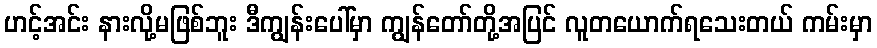
ဟင့်အင်း နားလို့မဖြစ်ဘူး ဒီကျွန်းပေါ်မှာ ကျွန်တော်တို့အပြင် လူတယောက်ရသေးတယ် ကမ်းမှာ